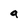
Character: a